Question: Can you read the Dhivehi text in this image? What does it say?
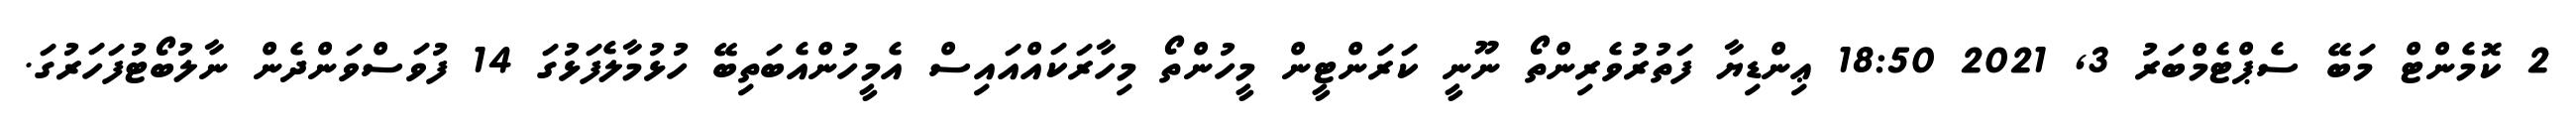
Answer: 2 ކޮމެންޓް މަބޭ ސެޕްޓެމްބަރު 3, 2021 18:50 ޢިންޑިޔާ ފަތުރުވެރިންތޯ ނޫނީ ކަރަންޓީން މީހުންތޯ މިހާރަކައްއައިސް އެމީހުންއެބަތިބޭ ހުޅުމާލެފަޅުގަ 14 ފުވަސްވަންދެން ނާލުބޯޓުފަހަރުގަ.